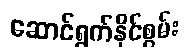
ဆောင်ရွက်နိုင်စွမ်း